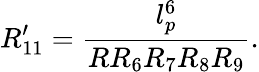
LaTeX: R_{11}^{\prime}=\frac{l_{p}^{6}}{RR_{6}R_{7}R_{8}R_{9}}.